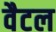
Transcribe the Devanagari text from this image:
वैटल